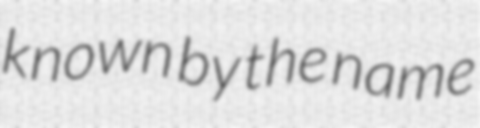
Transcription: known by the name